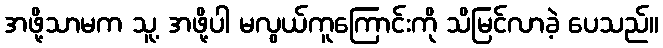
အဖို့သာမက သူ့ အဖို့ပါ မလွယ်ကူကြောင်းကို သိမြင်လာခဲ့ ပေသည်။